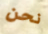
نحن